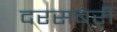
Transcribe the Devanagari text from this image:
दरसबरी